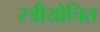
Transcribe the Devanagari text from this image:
स्त्रीयोचित